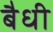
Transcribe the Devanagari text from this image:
बैधी